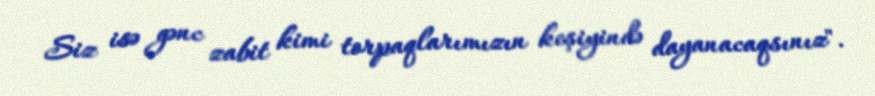
Siz isə gənc zabit kimi torpaqlarımızın keşiyində dayanacaqsınız".